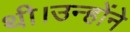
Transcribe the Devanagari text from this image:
थी।उन्होंने